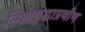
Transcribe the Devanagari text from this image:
निशायुद्धाप्रवीण